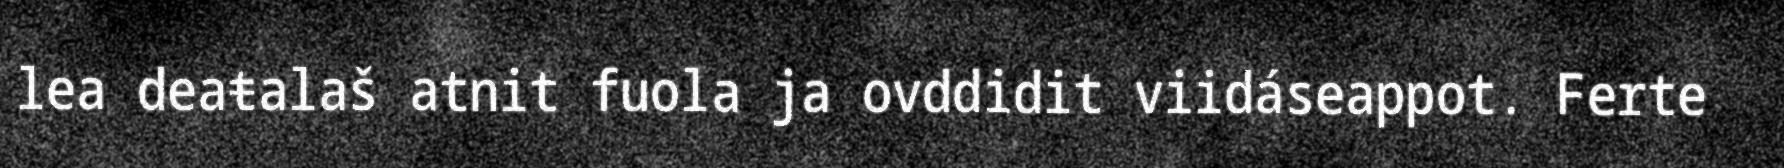
lea deaŧalaš atnit fuola ja ovddidit viidáseappot. Ferte